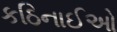
કઠિનાઈઓ